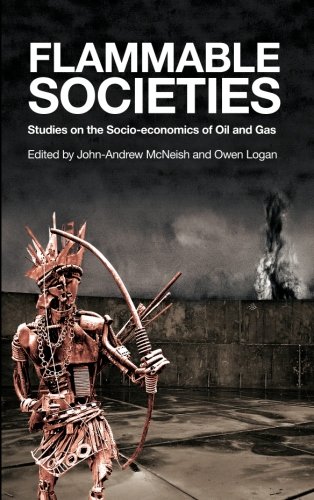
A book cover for Flammable Societies: Studies on the Socio-economics of Oil and Gas; Business & Money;